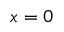
x = 0